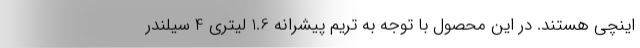
اینچی هستند. در این محصول با توجه به تریم پیشرانه 1.6 لیتری 4 سیلندر